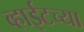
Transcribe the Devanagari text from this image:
व्हाईटच्या